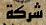
شركة